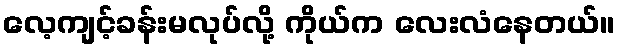
လေ့ကျင့်ခန်းမလုပ်လို့ ကိုယ်က လေးလံနေတယ်။